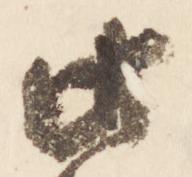
此